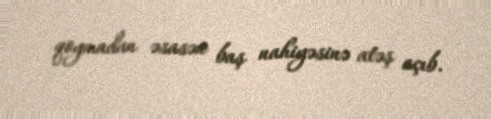
qoymadan əsasən baş nahiyəsinə atəş açıb.